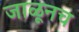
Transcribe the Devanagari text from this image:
जाळूनच